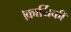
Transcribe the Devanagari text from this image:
।कार्यिकी